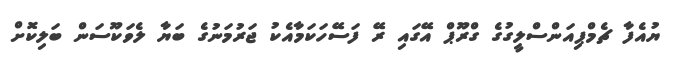
ޔުއެފާ ޗެމްޕިއަންސްލީގުގެ ގްރޫޕް އޭގައި ރޭ ފަސޭހަކަމާއެކު ޖަރުމަނުގެ ބަޔާ ލެވަކޫސަން ބަލިކޮށް